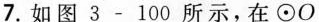
7.如图3-100所示，在⊙O